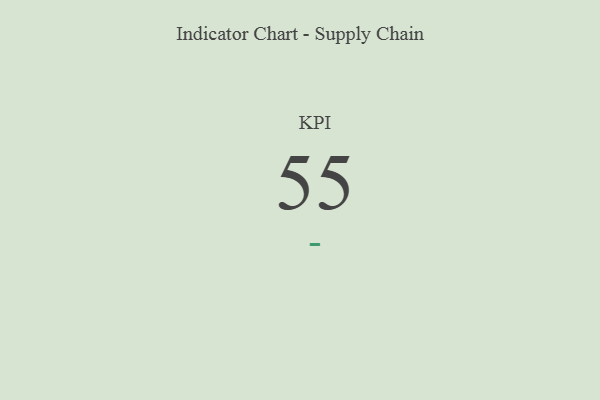
{"axis": {"x": "KPI", "y": "Value"}, "legend": [""], "data": [{"x": "KPI", "y": 55, "type": ""}]}